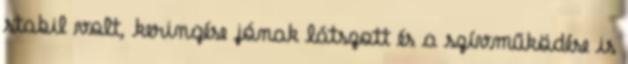
stabil volt, keringése jónak látszott és a szívműködése is